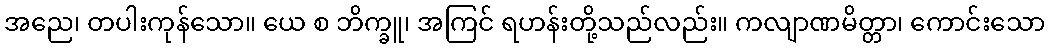
အညေ၊ တပါးကုန်သော။ ယေ စ ဘိက္ခူ၊ အကြင် ရဟန်းတို့သည်လည်း။ ကလျာဏမိတ္တာ၊ ကောင်းသော